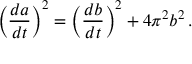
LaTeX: \left( { \frac { d a } { d t } } \right) ^ { 2 } = \left( { \frac { d b } { d t } } \right) ^ { 2 } + 4 \pi ^ { 2 } b ^ { 2 } \, .